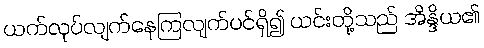
ယက်လုပ်လျက်နေကြလျက်ပင်ရှိ၍ ယင်းတို့သည် အိန္ဒိယ၏